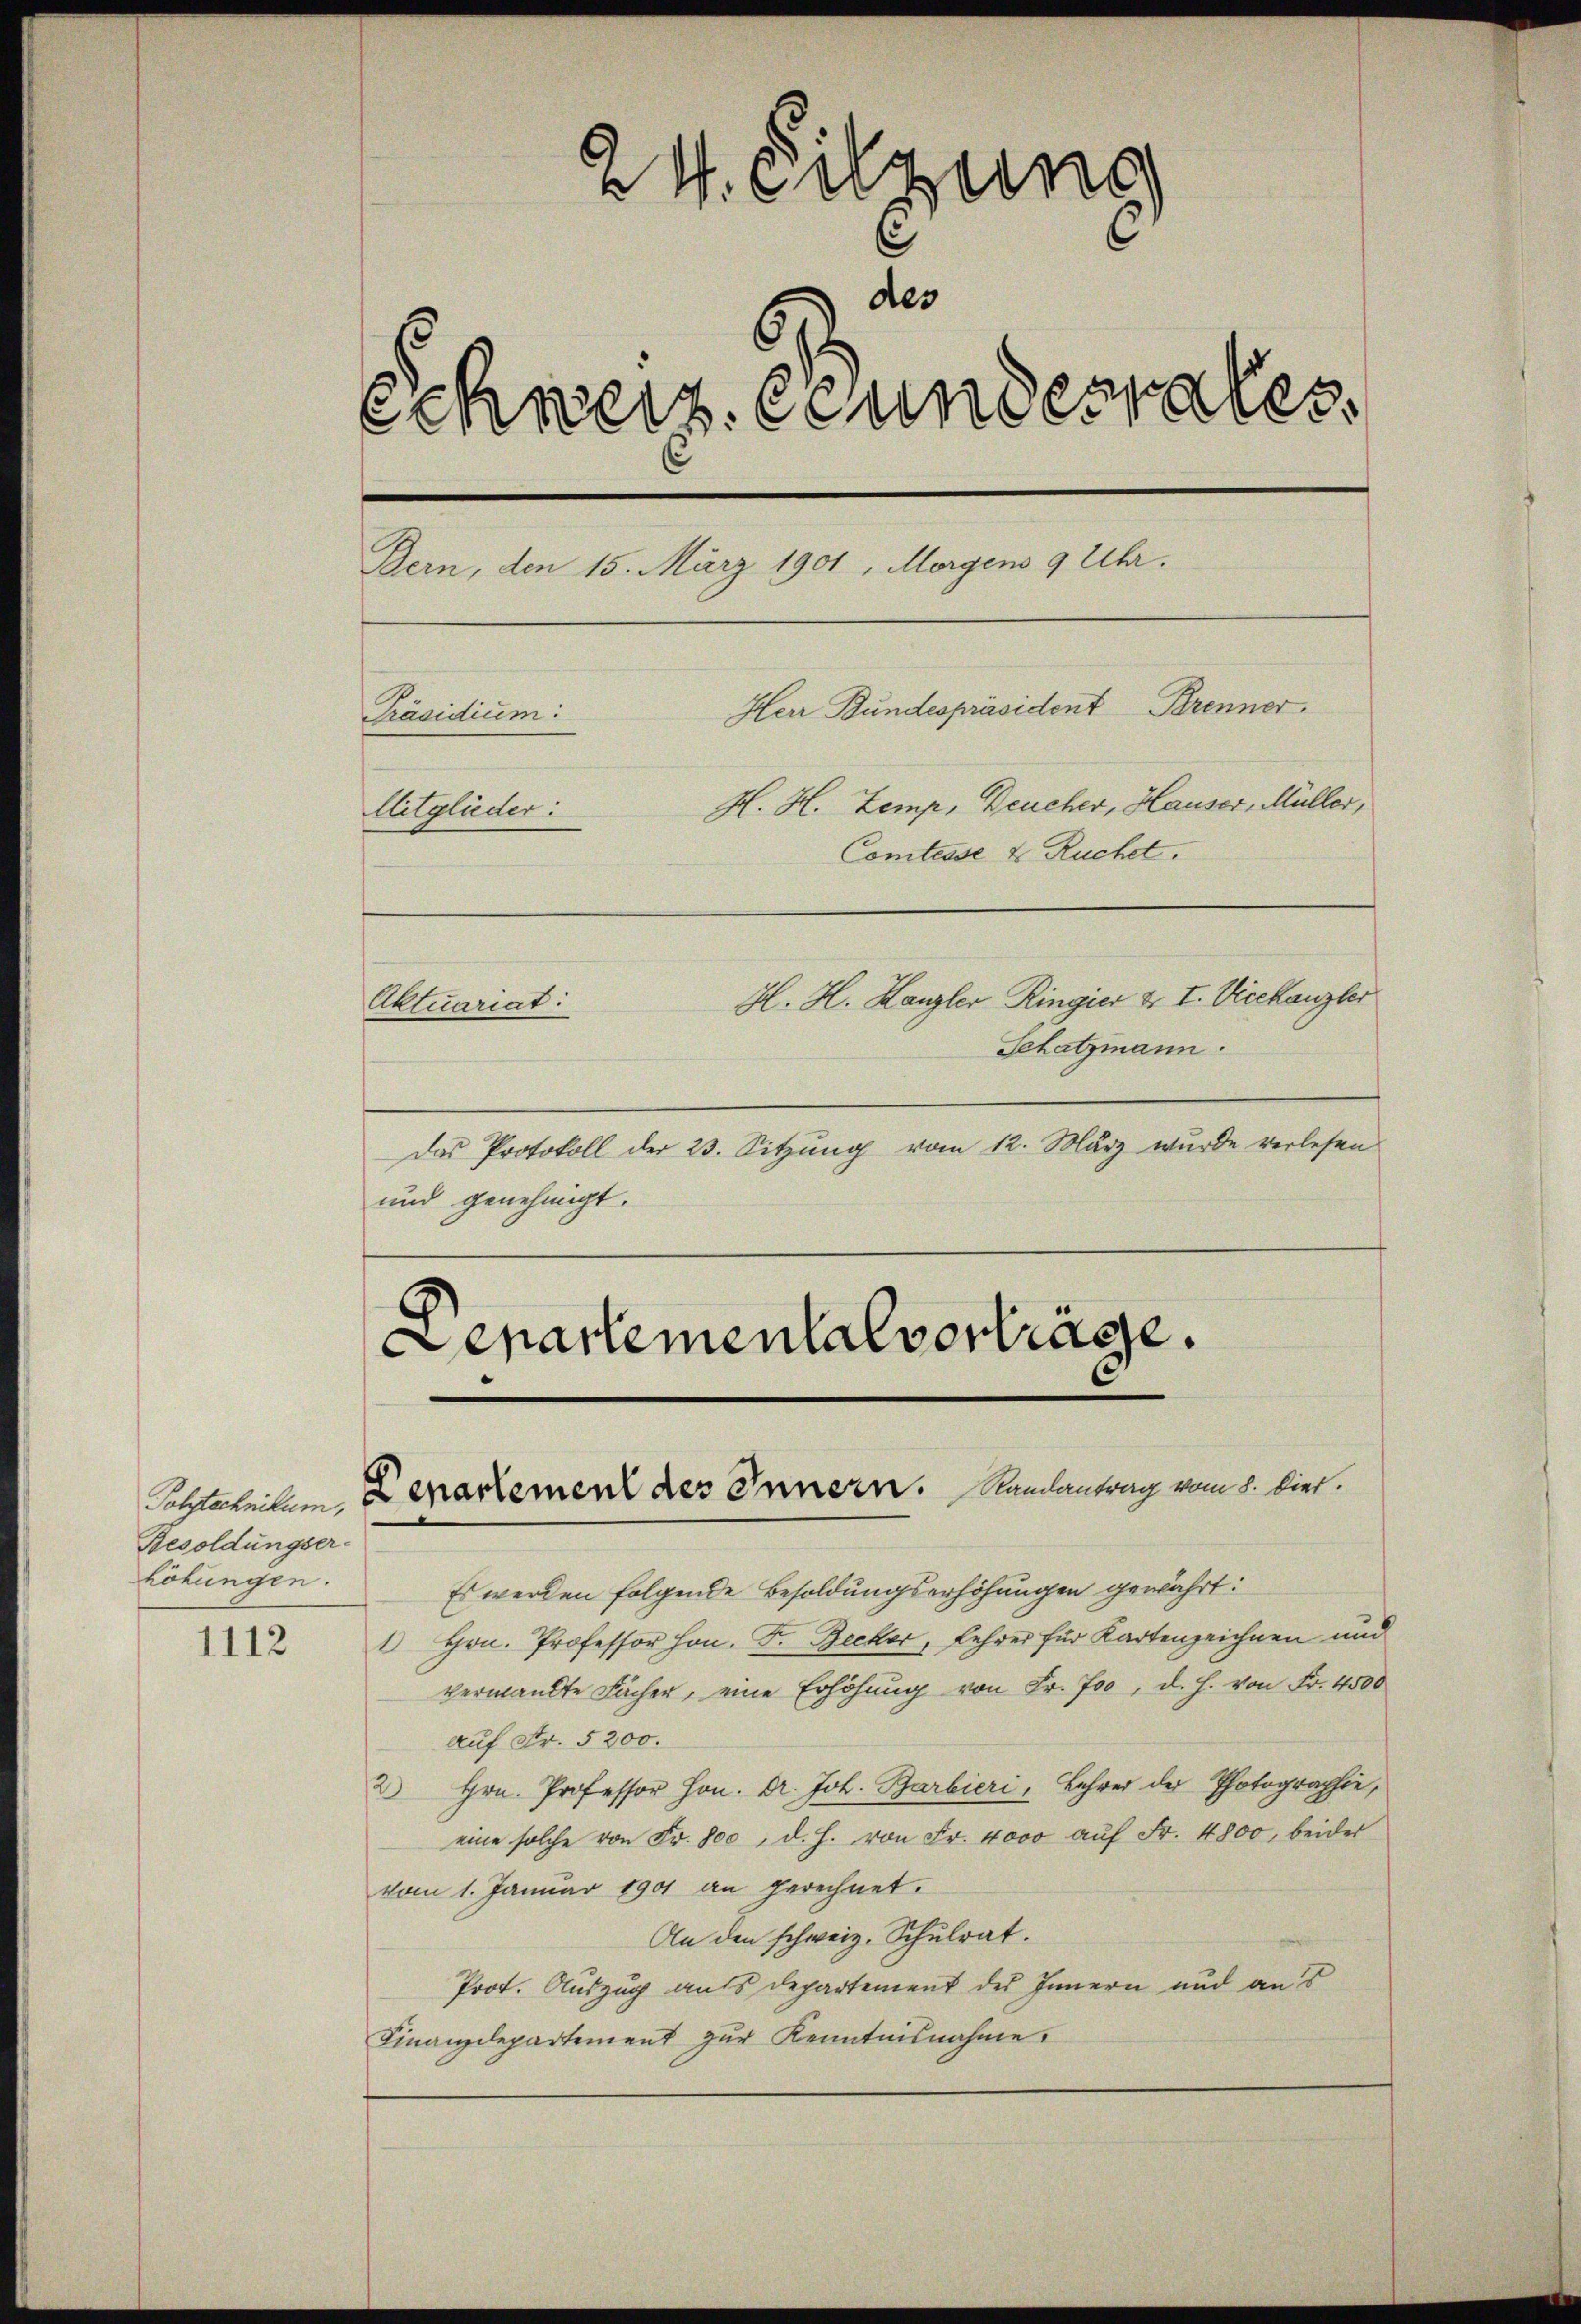
Polytechnikum,
Besoldungserhöhungen.

1112

24. Sitzung
des
Schweiz. Bundesrates
Bern, den 15. März 1901, Morgens 9 Uhr.
Herr Bundespräsident Brenner.
Präsidium:
H. H. Zemp, Deucher, Hauser, Müller,
litglieder:
Comtesse & Ruchet.
H. H. Kanzler Ringier u. I. Vicekanzler
Aktuariat:
Schatzmann.

Das Protokoll der 23. Sitzung vom 12. März wurde verlesen
und genehmigt.

Departementalvertrage.
Denartement des Innern. Randantrag vom 8. dies.

Es werden folgende Besoldungserhöhungen gewährt:
1 Hrn. Professor hon. F. Becker, Lehrer für Kartenzeichnen und
verwandte Fächer, eine Erhöhung von Fr. Joo, d. h. von Fr. 4500
auf Fr. 5200.
Hrn. Professor Hrn. Dr. Joh. Barbieri, Lehrer der Photographie,
2
eine solche von Fr. 800, d. h. von Fr. 4000 aŭf Fr. 4800, beider
vom 1. Januar 1901 an gerechnet.
An den schweiz. Schulrat.
Prot. Auszug aufs Departement des Innern und aus
Finanzdepartement zŭr Kenntnisnahme.